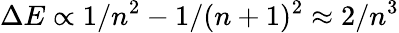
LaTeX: \Delta E\propto 1/n^{2}-1/(n+1)^{2}\approx 2/n^{3}